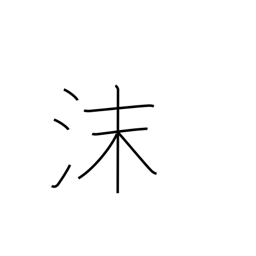
Meaning: suds